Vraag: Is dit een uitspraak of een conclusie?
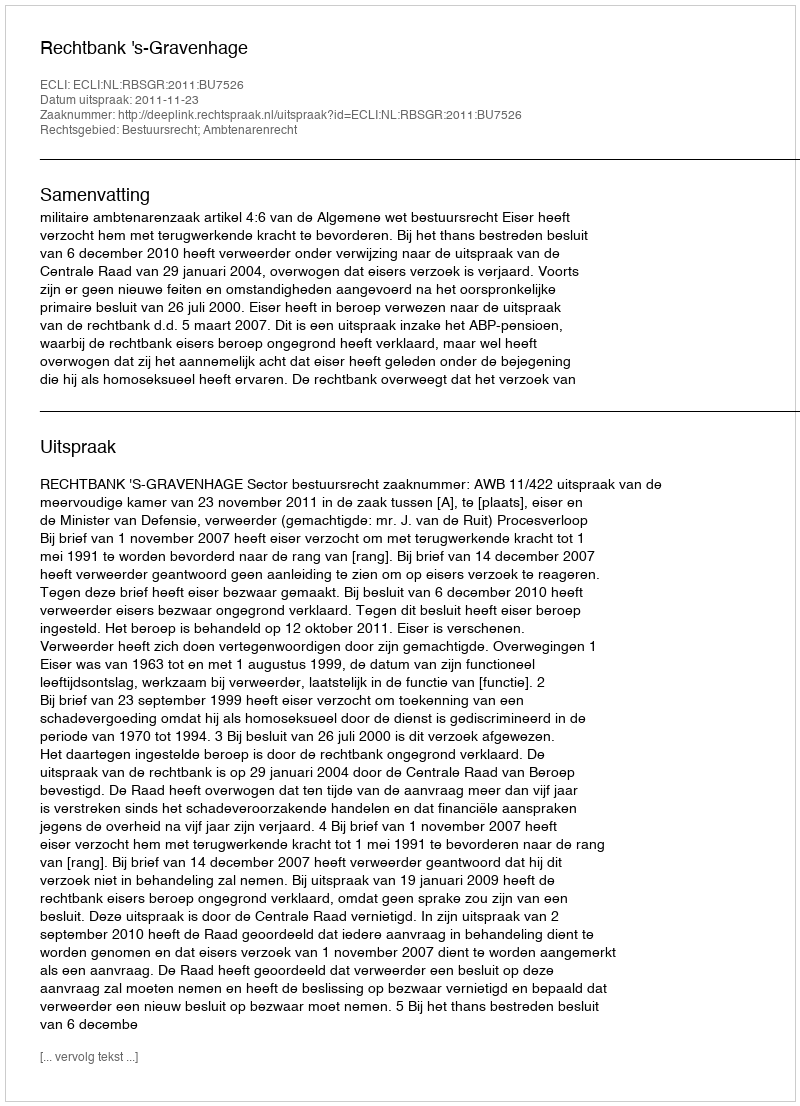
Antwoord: Uitspraak